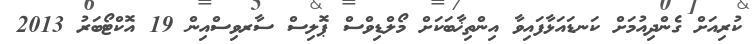
ކުރިއަށް ގެންދިއުމަށް ކަނޑައަޅާފައިވާ އިންތިޚާބަކަށް މޯލްޑިވްސް ޕޮލިސް ސާރވިސްއިން 19 އޮކްޓޯބަރު 2013